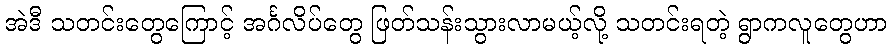
အဲဒီ သတင်းတွေကြောင့် အင်္ဂလိပ်တွေ ဖြတ်သန်းသွားလာမယ့်လို့ သတင်းရတဲ့ ရွာကလူတွေဟာ